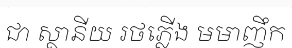
ជា ស្ថានីយ រថភ្លើង មមាញឹក